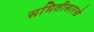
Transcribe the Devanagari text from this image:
समितीसारखे